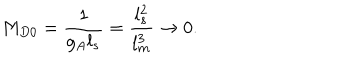
LaTeX: M _ { D 0 } = { \frac { 1 } { g _ { A } l _ { s } } } = { \frac { l _ { s } ^ { 2 } } { l _ { m } ^ { 3 } } } \rightarrow 0 .